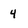
Character: 4